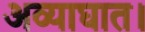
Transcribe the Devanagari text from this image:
अव्याघात।